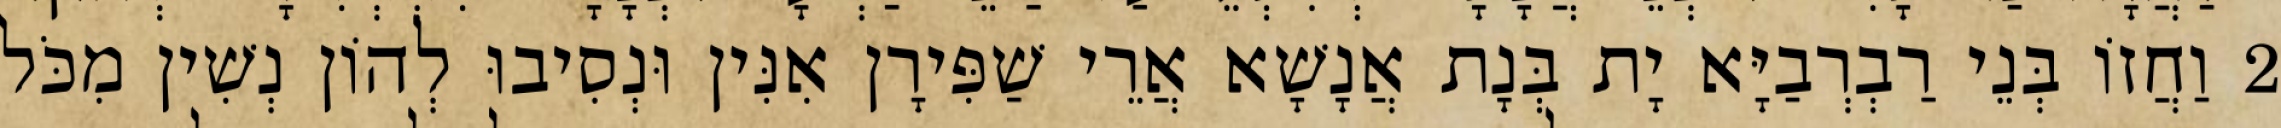
2 וַחֲזוֹ בְּנֵי רַבְרְבַיָּא יָת בְּנָת אֲנָשָׁא אֲרֵי שַׁפִּירָן אִנִּין וּנְסִיבוּ לְהוֹן נְשִׁין מִכֹּל